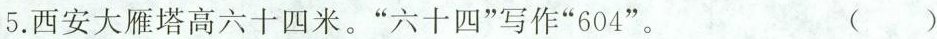
5.西安大雁塔高六十四米。”六十四”写作”604”。 ( )